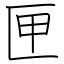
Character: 匣